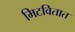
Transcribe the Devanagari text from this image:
मिटवितात